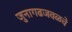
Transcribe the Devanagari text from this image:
जुनागढजवळचे